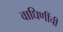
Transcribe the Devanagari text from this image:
वाघिणींची